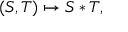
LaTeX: ( S , T ) \mapsto S * T ,